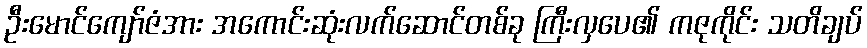
ဦးမောင်ကျော်ဇံအား အကောင်းဆုံးလက်ဆောင်တစ်ခု ကြီးလှပေ၏ ကဇုကိုင်း သတိချပ်